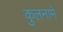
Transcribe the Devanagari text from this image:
कुलनामे